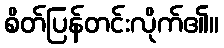
စိတ်ပြန်တင်းလိုက်၏။